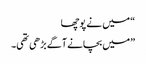
“ میں نے پوچھا
”میں بچانے آگے بڑھی تھی۔